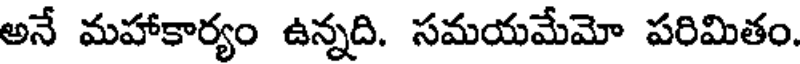
అనే మహాకార్యం ఉన్నది. సమయమేమో పరిమితం.